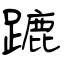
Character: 蹗